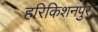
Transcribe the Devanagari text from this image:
हरिकिशनपुर